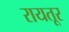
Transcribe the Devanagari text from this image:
रायतूर